Insane asylums in Bengal annual reports 1867-1875 - 1867-1875
Year: 1867
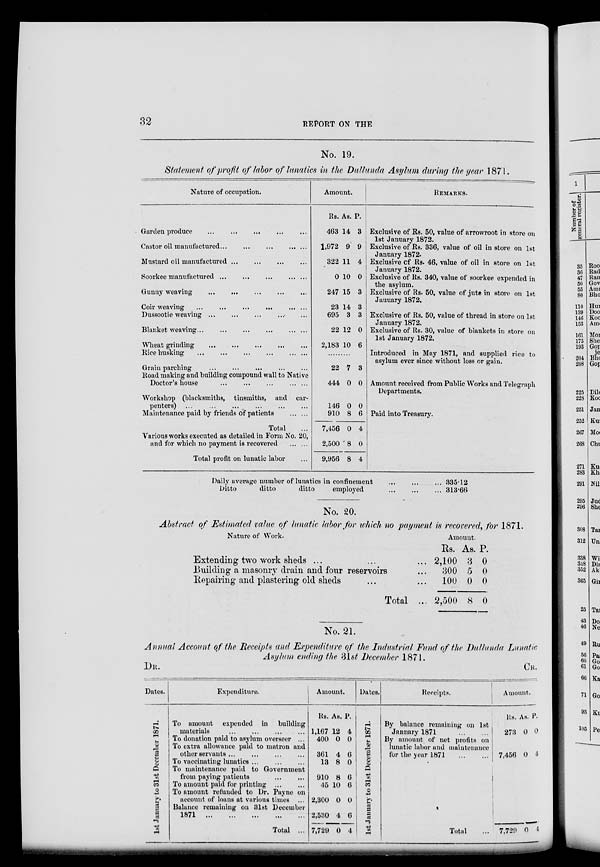
32
REPORT ON THE
No. 19.
Statement of profit of labor of lunatics in the Dullunda Asylum during the year 1871.
Nature of occupation.
Garden produce
...
... ... ... ...
Castor oil manufactured
...
...
...
...
...
Mustard oil manufactured
...
...
...
...
Soorkee manufactured ...
...
...
... ...
Gunny weaving ... ... ... ... ...
Coir weaving
...
...
...
...
... ...
Dussootie weaving ... ... ... ... ...
Blanket weaving
...
...
...
...
...
...
Wheat grinding
...
...
...
...
...
...
Rice husking
...
...
...
...
... ...
Grain parching ... ... ... ... ...
Road making and building compound wall to Native
Doctor's house
...
...
... ... ...
Workshop (blacksmiths, tinsmiths, and car-
penters) ... ... ... ... ... ...
Maintenance paid by friends of patients ... ...
Total ...
Various works executed as detailed in Form No. 20,
and for which no payment is recovered ... ...
Total profit on lunatic labor ...
Amount.
Rs.
463
1,972
322
0
247
23
695
22
2,183
As.
14
9
11
10
15
14
3
12
10
P.
3
9
4
0
3
3
3
0
6
.........
22
444
146
910
7,456
2,500
9,956
7
0
0
8
0
8
8
3
0
0
6
4
0
4
REMARKS.
Exclusive of Rs. 50, value of arrowroot in store on
1st January 1872.
Exclusive of Rs. 336, value of oil in store on 1st
January 1872.
Exclusive of Rs. 46, value of oil in store on 1st
January 1872.
Exclusive of Rs. 340, value of soorkee expended in
the asylum.
Exclusive of Rs. 50, value of jute in store on 1st
January 1872.
Exclusive of Rs. 50, value of thread in store on 1st
January 1872.
Exclusive of Rs. 30, value of blankets in store on
1st January 1872.
Introduced in May 1871, and supplied rice to
asylum ever since without loss or gain.
Amount received from Public Works and Telegraph
Departments.
Paid into Treasury.
Daily average number of lunatics in confinement ... ... ...
Ditto
ditto
ditto
employed ... ... ...
335.12
313.66
No. 20.
Abstract of Estimated value of lunatic labor for which no payment is recovered, for 1871.
Nature of Work.
Extending two work sheds ... ... ...
Building a masonry drain and four reservoirs ...
Repairing and plastering old sheds ... ...
Total ...
Amount.
Rs.
2,100
300
100
2,500
As.
3
5
0
8
P.
0
0
0
0
No. 21.
Annual Account of the Receipts and Expenditure of the Industrial Fund of the Dullunda Lunatic
Asylum ending the 31st December 1871.
DR.
Dates.
1st January to 31st December 1871.
Expenditure.
To amount expended in building
materials
...
...
...
...
To donation paid to asylum overseer ...
To extra allowance paid to matron and
other servants
...
...
...
...
To vaccinating lunatics ... ... ...
To maintenance paid to Government
from paying patients
...
...
To amount paid for printing
...
...
To amount refunded to Dr. Payne on
account of loans at various times ...
Balance remaining on 31st December
1871 ... ... ... ... ...
Total ...
Amount.
Rs.
1,167
400
361
13
910
45
2,300
2,530
7,729
As.
12
0
4
8
8
10
0
4
0
P.
4
0
6
0
6
6
0
6
4
Dates.
1st January to 31st December 1871.
Receipts.
By balance remaining on 1st
January 1871
...
...
By amount of net profits on
lunatic labor and maintenance
for the year 1871
...
...
Total ...
CR.
Amount.
Rs.
273
7,456
7,729
As.
0
0
0
P.
0
4
4